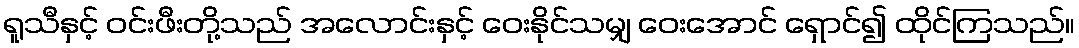
ရူသီနှင့် ဝင်းဖီးတို့သည် အလောင်းနှင့် ဝေးနိုင်သမျှ ဝေးအောင် ရှောင်၍ ထိုင်ကြသည်။